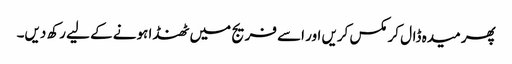
پھر میدہ ڈال کر مکس کریں اور اسے فریج میں ٹھنڈا ہونے کے لیے رکھ دیں۔